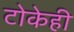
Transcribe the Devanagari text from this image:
टोकेही